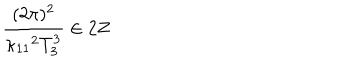
LaTeX: { \frac { ( 2 \pi ) ^ { 2 } } { \kappa _ { 1 1 } { } ^ { 2 } T _ { 3 } ^ { 3 } } } \in 2 Z